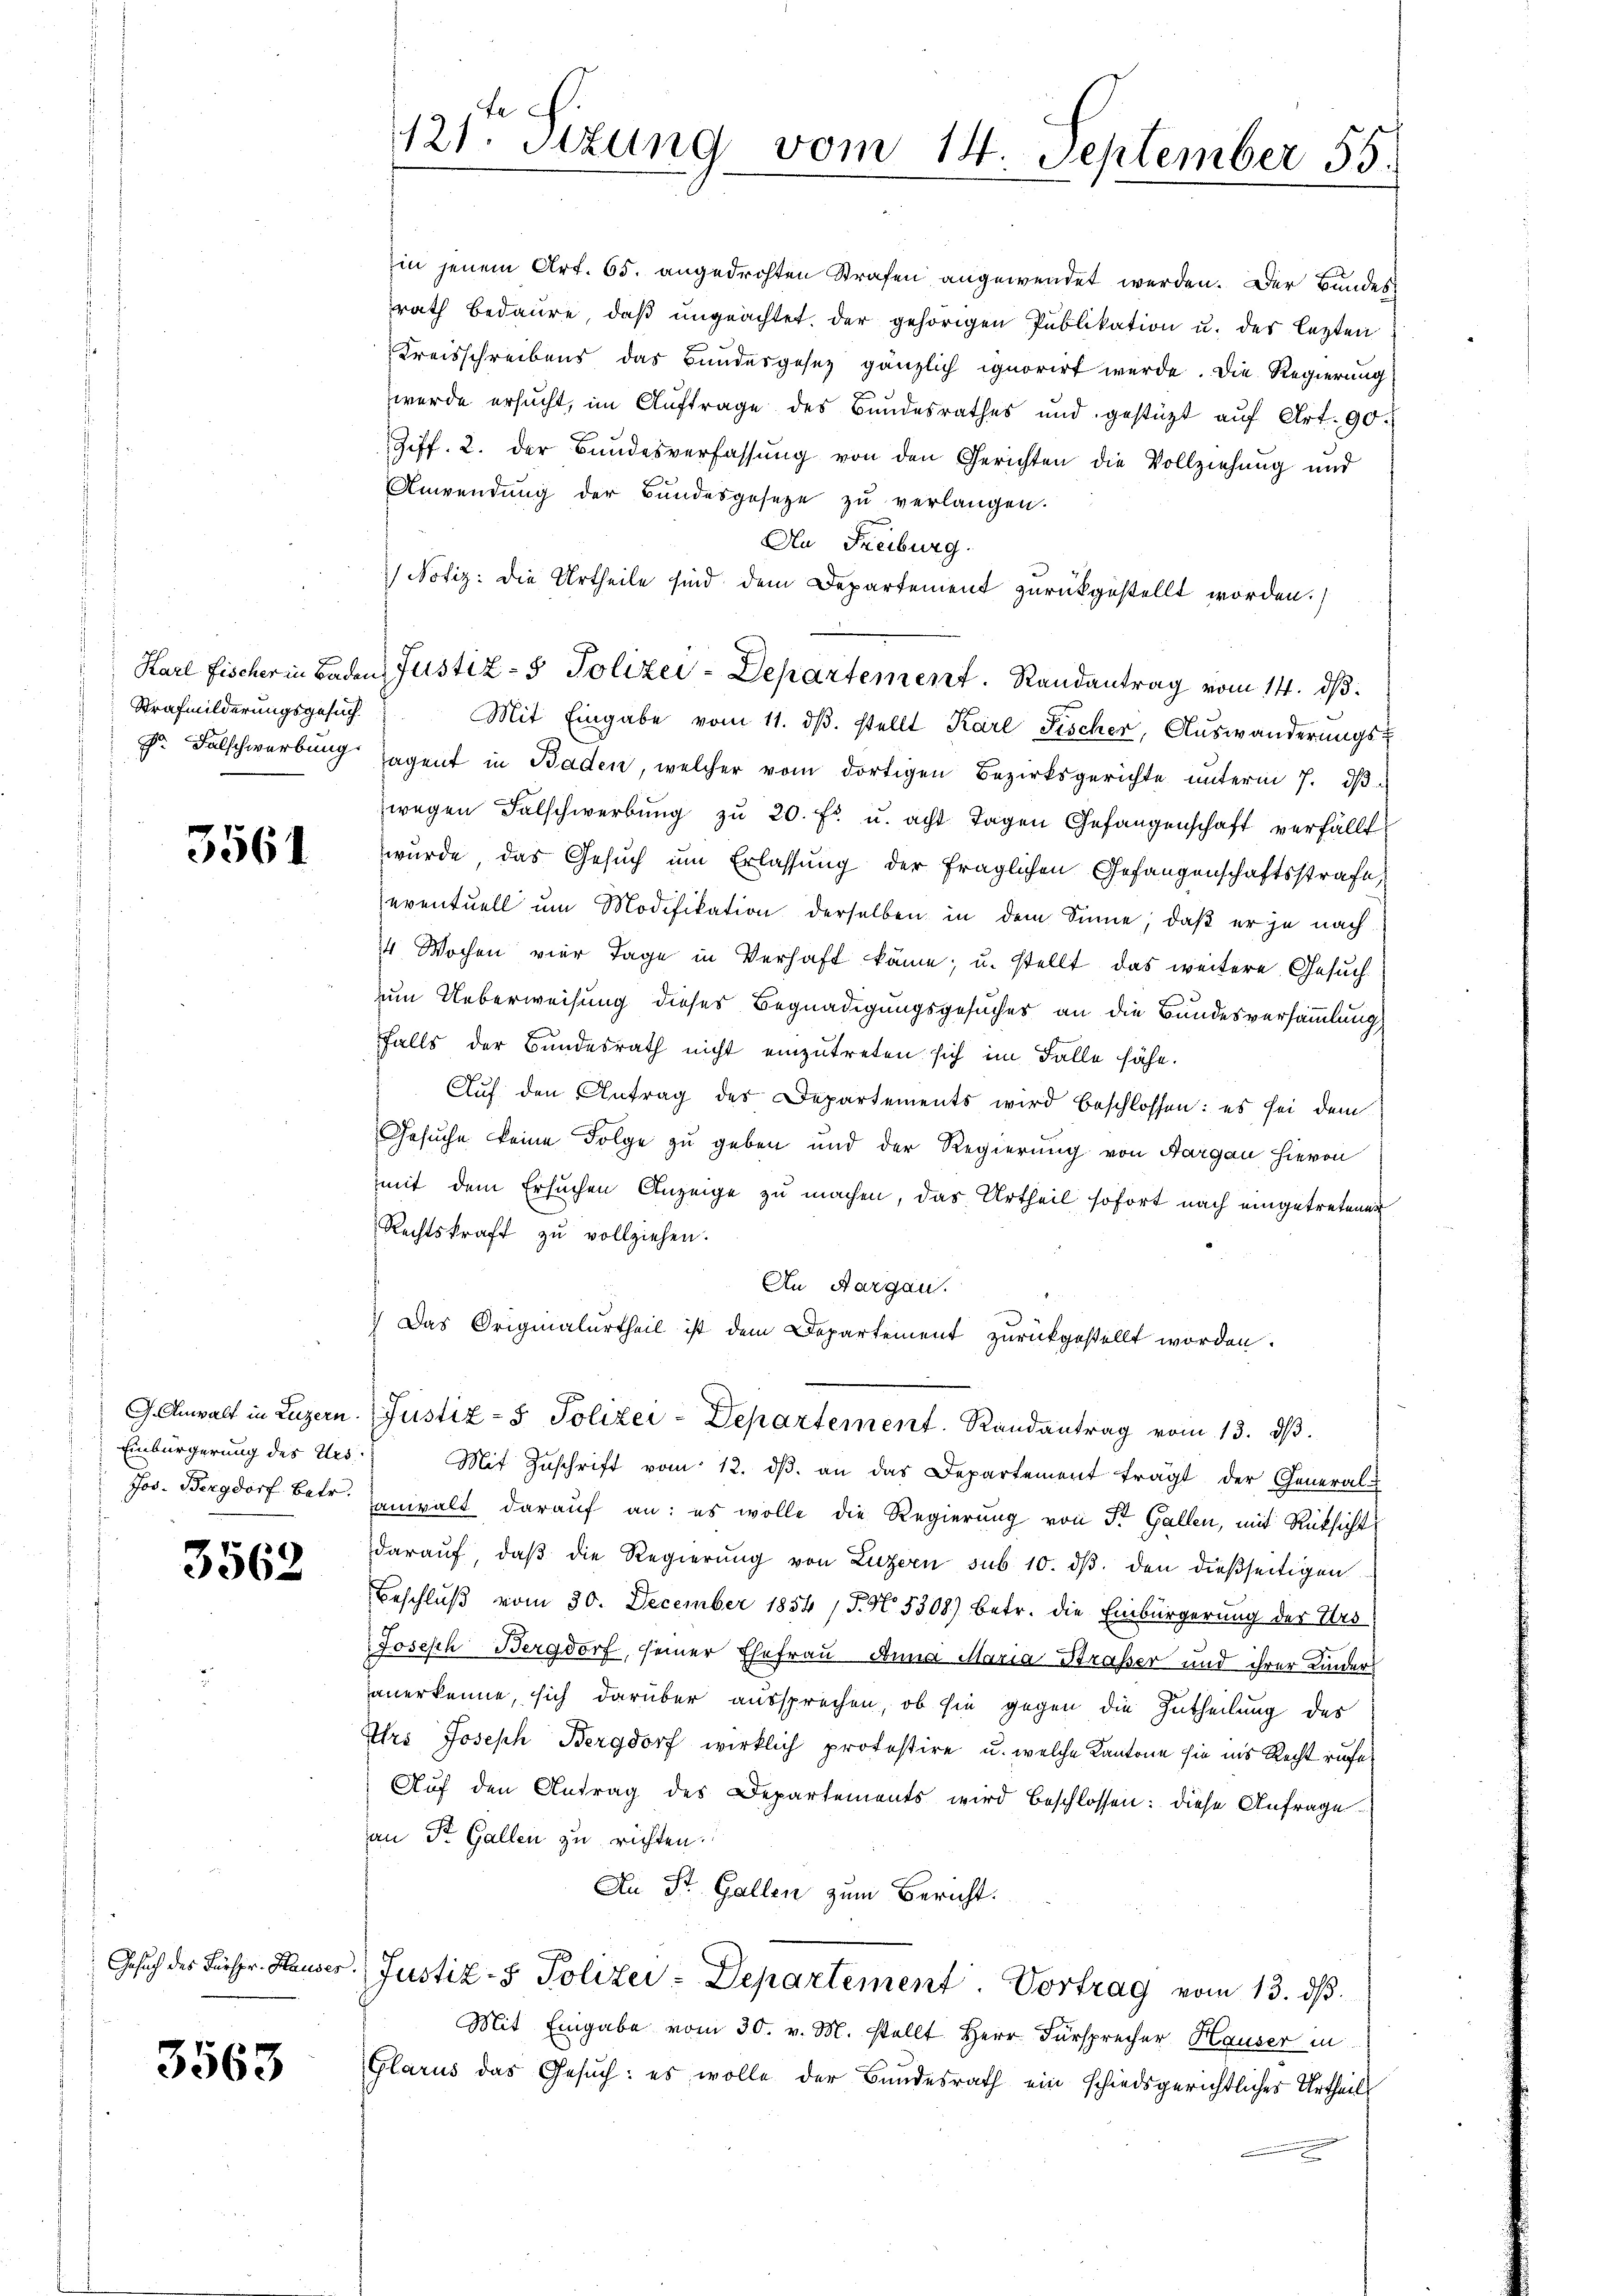
Strafmilderungsgesuch
Dr. Falschwerbung

3561

G. Anwalt in Luzern
Einbürgerung des Urs
Jos. Bergdorf betr.

3562

Gesuch des Bürspr.- Hauser.

3563

te
121. Sitzung vom 14. September 55.

rath bedaure, daß ungeachtet. Der gehörigen Publikation u. des lezten
Kreisschreibens das Bundesgesez gänzlich ignorirt werde. Die Regierung
werde ersucht, im Auftrage des Bundesrathes und gestüzt aŭf Art. 90.
Ziff. 2. der Bundesverfassung von den Gerichten die Vollziehung und
Anwendung der Bundesgesetze zu verlangen.
An Freiburg.
Notiz: die Urtheile sind dem Departement zurückgestellt worden.
Karl Fischer in Baden Justiz- & Polizei-Departement. Randantrag vom 14. ds.
Mit Eingabe vom 11. dβ. stellt Karl Fischer, Auswanderŭngs-
sagent in Baden, welcher vom dortigen Bezirksgerichte unterm 7. dβ
wegen Falschwerbŭng zŭ 20. fs. u. acht Tagen Gefangenschaft verfällt
wurde das Gesuch um Erlassung der fraglichen Gefangenschaftsstrafe,
eventuell um Modifikation derselben in dem Sinne, daß er je nach
4 Wochen vier Tage in Verhaft käme, u. stellt das weitere Gesuch
zum Ueberweisung dieses Begnadigungsgesuches an die Bundesversammlung
falls der Bundesrath nicht einzutreten sich im Falle fähe.
Auf den Antrag des Departements wird beschlossen: es sei dem
Gesuche keine Folge zu geben und der Regierung von Aargau hievon
mit dem Ersuchen Anzeige zu machen, das Urtheil sofort nach eingetretenen
Rechtskraft zu vollziehen.
An Aargau.
) Das Originalurtheil ist dem Departement zŭrückgestellt worden.
Justiz- & Polizei-Departement. Randantrag vom 13. dβ.
Mit Zŭschrift vom 12. dβ an das Departement trägt der General-
anwalt darauf an: es wolle die Regierung von Sr. Gallen, mit Rücksicht
darauf, daß die Regierung von Luzern sub 10. dβ. den dießseitigen
Beschluß vom 30. December 1854 S. N. 5308) betr. die Einbürgerung der Urs
Joseph Bergdorf, seiner Ehefrau Anna Maria Strasser und ihrer Kinder
anerkenne, sich darüber aussprechen, ob sie gegen die Zutheilung des
Urs Joseph Bergdorf wirklich protestire u. welche Kantone sie ins Recht rufe¬
Auf den Antrag des Departements wird beschlossen: diese Anfrage
an Sr. Gallen zu richten.
An St. Gallen zum Bericht:
Justiz- & Polizei-Departement Vortrag vom 13. ds.
Mit Eingabe vom 30. v. M. stellt Herr Fürsprecher Hauser in
Glarus das Gesuch: es wolle der Bundesrath ein schiedsgerichtliches Urtheils

in jenem Art. 65. angedrohten Strafen angewendet werden. Der Bundes